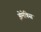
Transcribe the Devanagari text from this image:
झेमेकिस